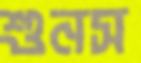
শুনস